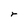
Character: r